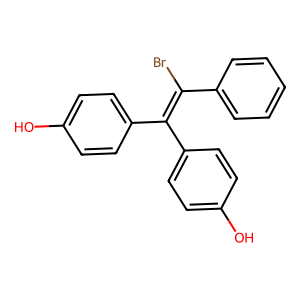
SMILES: Oc1ccc(C(=C(Br)c2ccccc2)c2ccc(O)cc2)cc1
Inhibits HIV replication: No